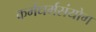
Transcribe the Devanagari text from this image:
कर्मधर्मसंयोग